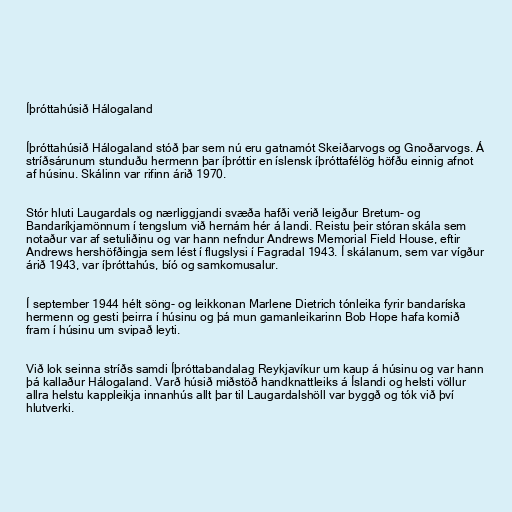
Íþróttahúsið Hálogaland

Íþróttahúsið Hálogaland stóð þar sem nú eru gatnamót Skeiðarvogs og Gnoðarvogs. Á
stríðsárunum stunduðu hermenn þar íþróttir en íslensk íþróttafélög höfðu einnig afnot
af húsinu. Skálinn var rifinn árið 1970.

Stór hluti Laugardals og nærliggjandi svæða hafði verið leigður Bretum- og
Bandaríkjamönnum í tengslum við hernám hér á landi. Reistu þeir stóran skála sem
notaður var af setuliðinu og var hann nefndur Andrews Memorial Field House, eftir
Andrews hershöfðingja sem lést í flugslysi í Fagradal 1943. Í skálanum, sem var vígður
árið 1943, var íþróttahús, bíó og samkomusalur.

Í september 1944 hélt söng- og leikkonan Marlene Dietrich tónleika fyrir bandaríska
hermenn og gesti þeirra í húsinu og þá mun gamanleikarinn Bob Hope hafa komið
fram í húsinu um svipað leyti.

Við lok seinna stríðs samdi Íþróttabandalag Reykjavíkur um kaup á húsinu og var hann
þá kallaður Hálogaland. Varð húsið miðstöð handknattleiks á Íslandi og helsti völlur
allra helstu kappleikja innanhús allt þar til Laugardalshöll var byggð og tók við því
hlutverki.